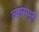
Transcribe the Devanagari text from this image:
व्यासपुरी